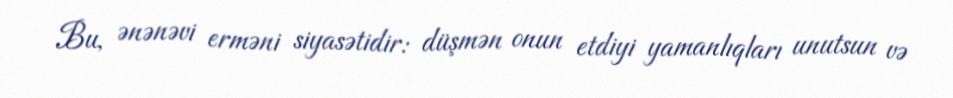
Bu, ənənəvi erməni siyasətidir: düşmən onun etdiyi yamanlıqları unutsun və